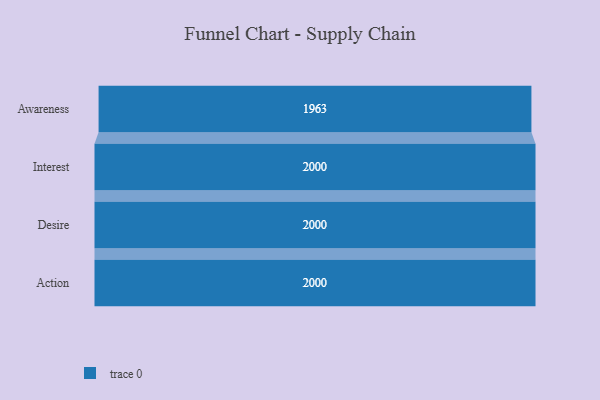
{"axis": {"x": "Stage", "y": "Value"}, "legend": [""], "data": [{"x": "Awareness", "y": 1963.0, "type": ""}, {"x": "Interest", "y": 2000, "type": ""}, {"x": "Desire", "y": 2000, "type": ""}, {"x": "Action", "y": 2000, "type": ""}]}